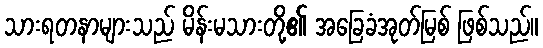
သားရတနာများသည် မိန်းမသားတို့၏ အခြေခံအုတ်မြစ် ဖြစ်သည်။